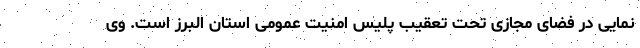
نمایی در فضای مجازی تحت تعقیب پلیس امنیت عمومی استان البرز است. وی